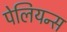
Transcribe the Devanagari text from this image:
पेलियन्स